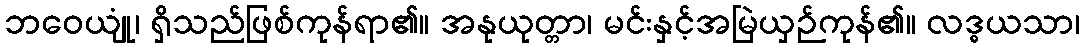
ဘဝေယျုံ၊ ရှိသည်ဖြစ်ကုန်ရာ၏။ အနုယုတ္တာ၊ မင်းနှင့်အမြဲယှဉ်ကုန်၏။ လဒ္ဓယသာ၊